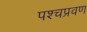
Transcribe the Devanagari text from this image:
पश्चप्रवण